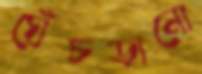
ঘেঁচড়ানো